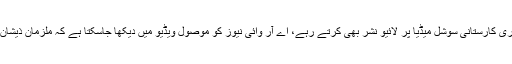
مشتعل افراد نے ذیشان کا سر بھی پھاڑ دیا، ملزمان جنونی تشدد کی یہ ساری کارستانی سوشل میڈیا پر لائیو نشر بھی کرتے رہے، اے آر وائی نیوز کو موصول ویڈیو میں دیکھا جاسکتا ہے کہ ملزمان ذیشان کے سر پر جوتے مارتے رہے اور اپنے پاؤں کو ہاتھ بھی لگواتے رہے۔